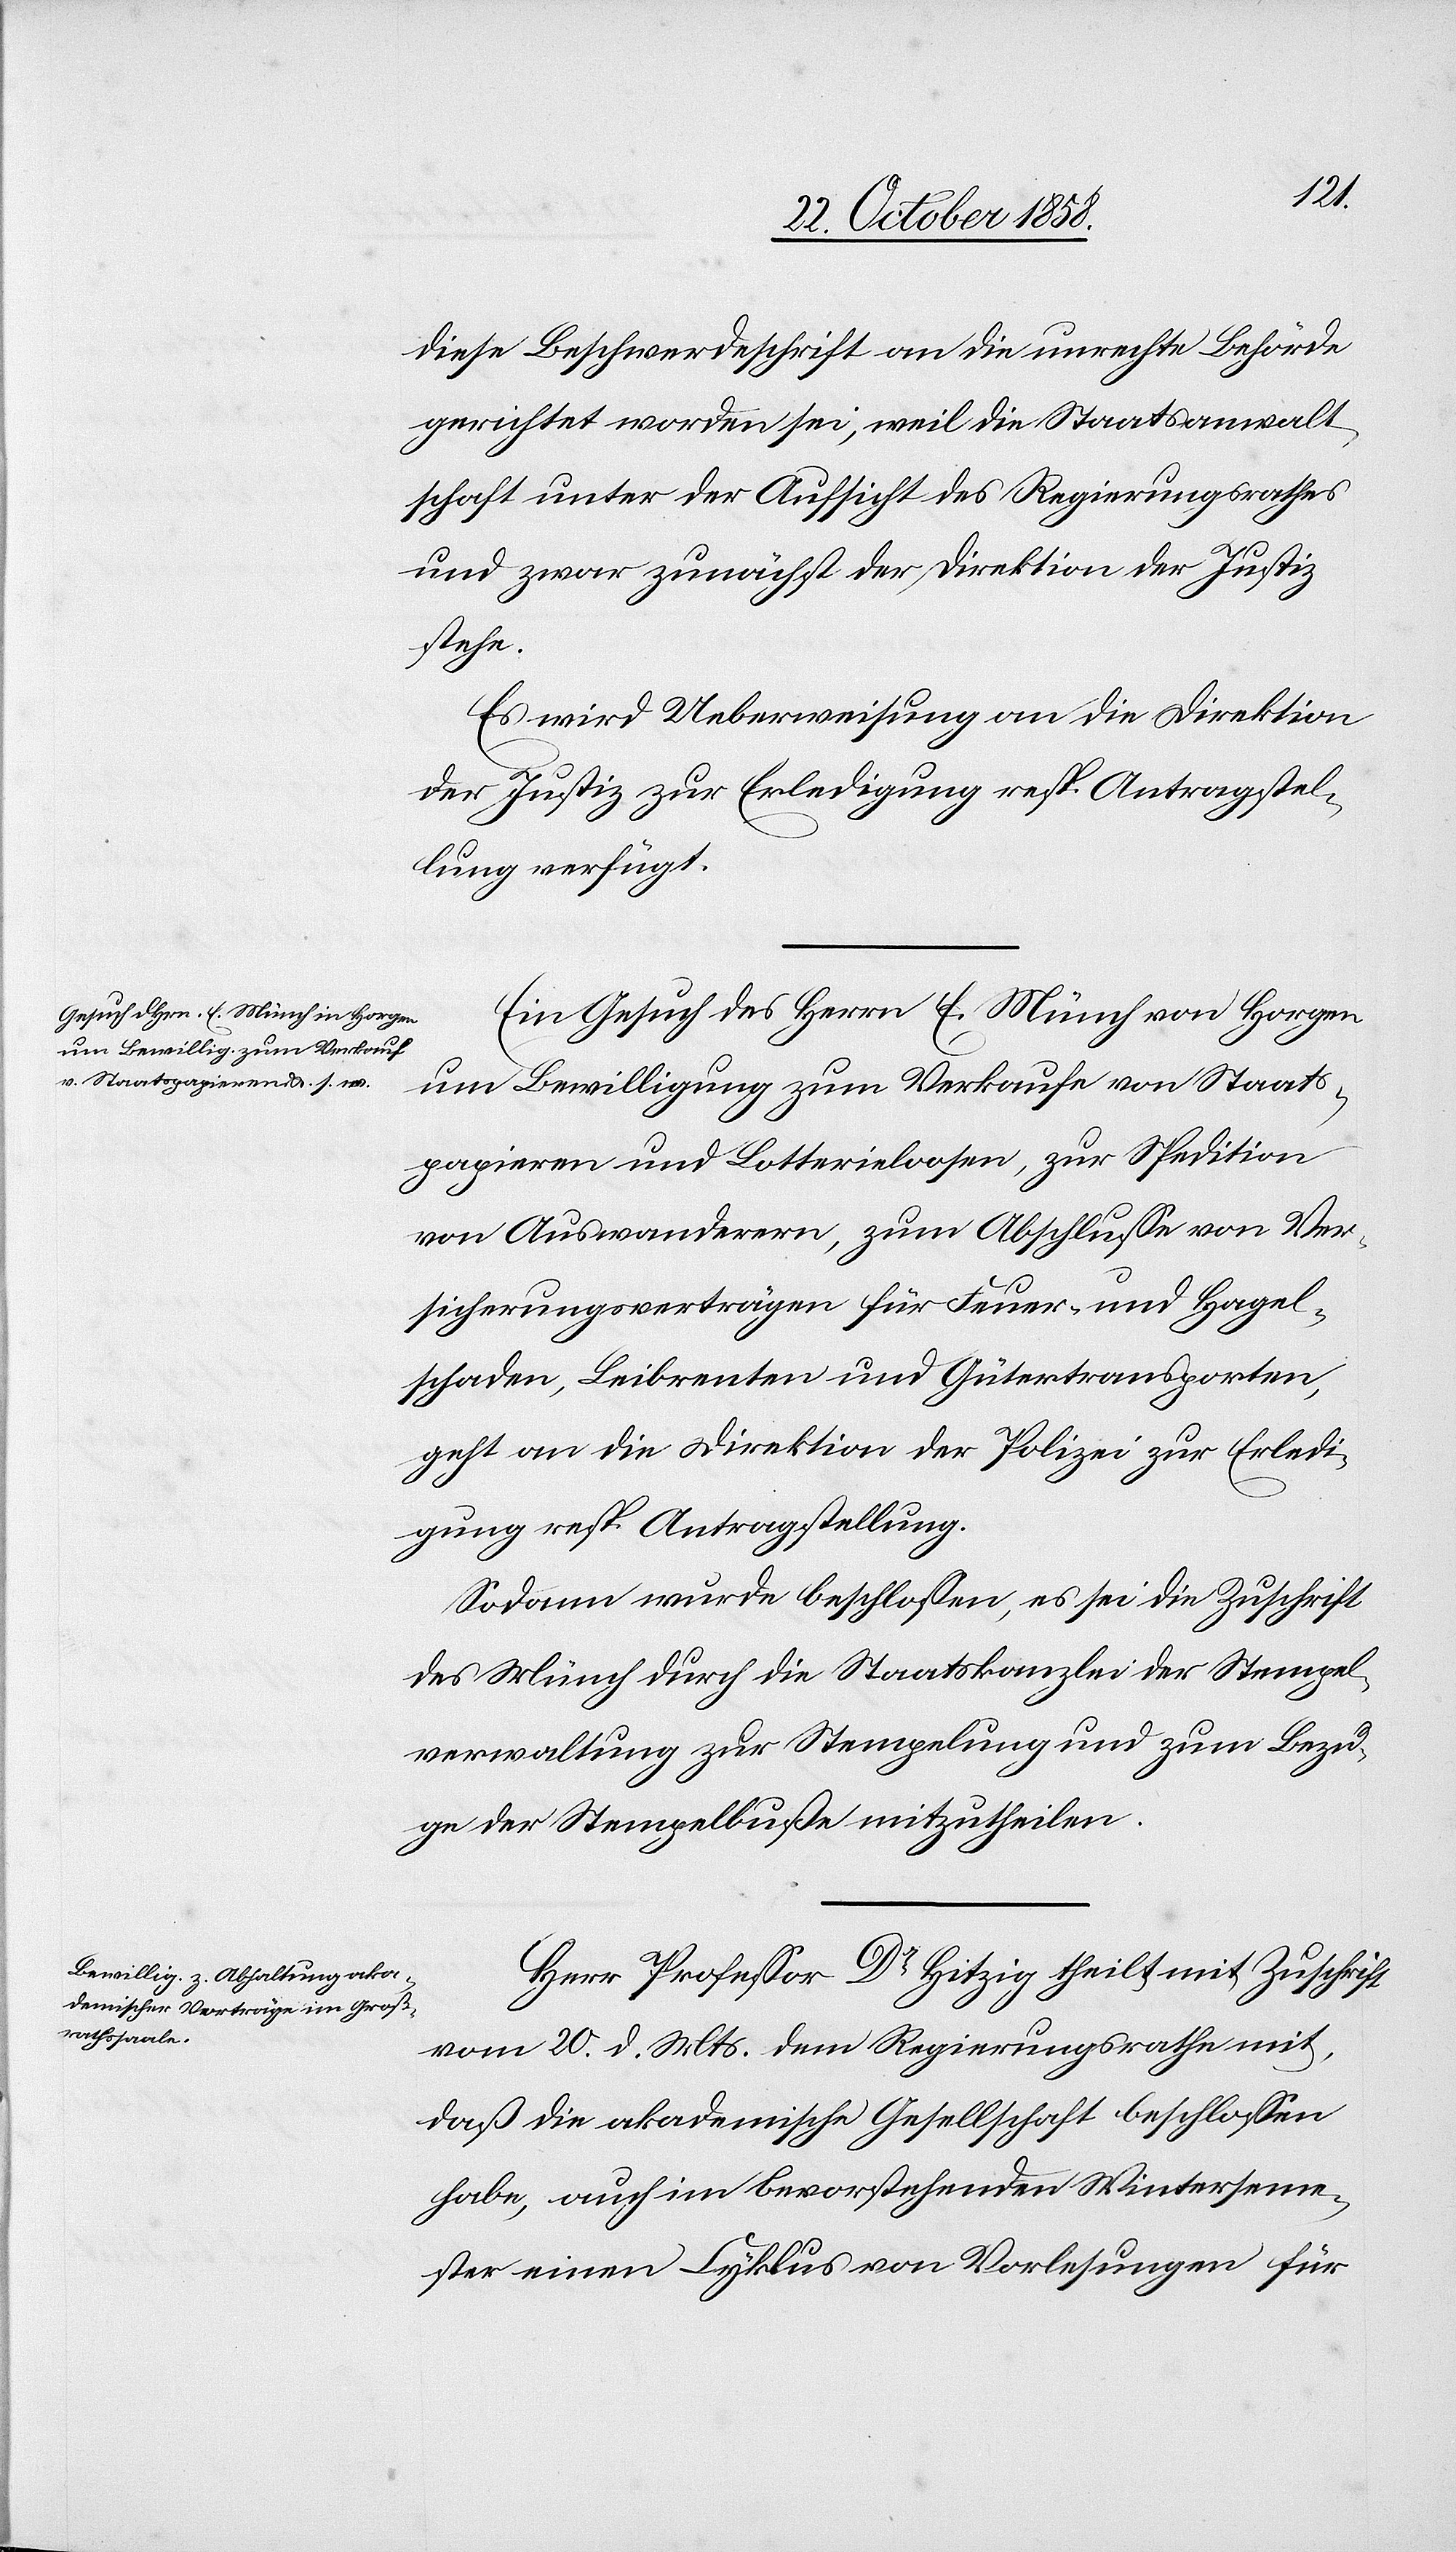
diese Beschwerdeschrift an die unrechte Behörde
gerichtet worden sei, weil die Staatsanwalt¬
schaft unter der Aufsicht des Regierungsrathes
und zwar zunächst der Direktion der Justiz
stehe.
Es wird Ueberweisung an die Direktion
der Justiz zur Erledigung resp. Antragstel¬
lung verfügt.
Ein Gesuch des Herrn E. Münch von Horgen
um Bewilligung zum Verkaufe von Staats¬
papieren und Lotterieloosen, zur Spedition
von Auswanderern, zum Abschlusse von Ver¬
sicherungsverträgen für Feuer- und Hagel¬
schaden, Leibrenten und Gütertransporten,
geht an die Direktion der Polizei zur Erledi¬
gung resp. Antragstellung.
Sodann wurde beschlossen, es sei die Zuschrift
des Münch durch die Staatskanzlei der Stempel¬
verwaltung zur Stempelung und zum Bezu¬
ge der Stempelbuße mitzutheilen.
Herr Professor Dr. Hitzig theilt mit Zuschrift
vom 20. d. Mts. dem Regierungsrathe mit,
daß die akademische Gesellschaft beschlossen
habe, auch im bevorstehenden Winterseme¬
ster einen Cyklus von Vorlesungen für